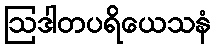
ဩဒါတပရိယေသနံ